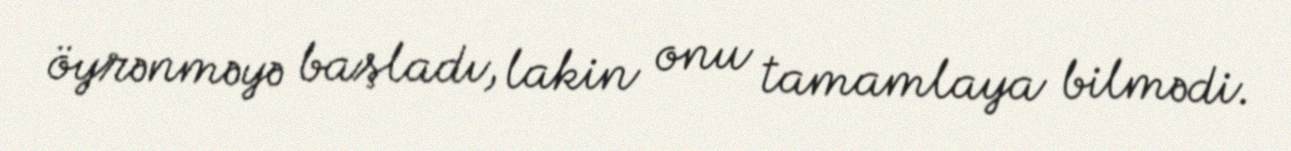
öyrənməyə başladı, lakin onu tamamlaya bilmədi.